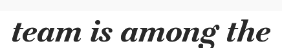
team is among the